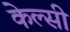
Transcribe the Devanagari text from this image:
केल्सी